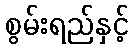
စွမ်းရည်နှင့်